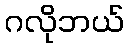
ဂလိုဘယ်